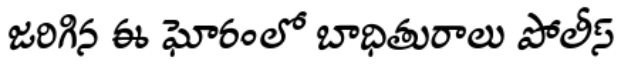
జరిగిన ఈ ఘోరంలో బాధితురాలు పోలీస్